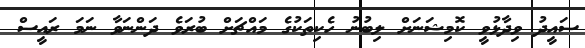
ސައީދު ވިދާޅުވީ ކޮމިޝަނަށް ލިބުނު ހެކިތަކުގެ މައްޗަށް ބުރަވެ ދަންނަވާ ނަމަ ރައީސް